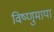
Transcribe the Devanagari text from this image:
विष्णुमाया